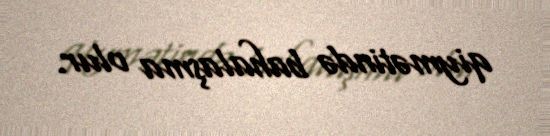
qiymətində bahalaşma olur.